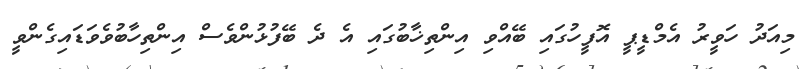
މިއަދު ހަވީރު އެމްޑީޕީ އޮފީހުގައި ބޭއްވި އިންތިޚާބުގައި އެ ދެ ބޭފުޅުންވެސް އިންތިހާބުވެވަޑައިގެންވީ